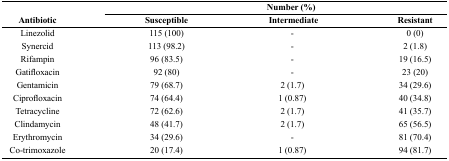
<table><thead><tr><td rowspan="3"><b>Antibiotic</b></td><td colspan="3"><b>Number (%)</b></td></tr><tr><td><b>Susceptible</b></td><td><b>Intermediate</b></td><td><b>Resistant</b></td></tr></thead><tbody><tr><td>Linezolid</td><td>115 (100)</td><td>-</td><td>0 (0)</td></tr><tr><td>Synercid</td><td>113 (98.2)</td><td>-</td><td>2 (1.8)</td></tr><tr><td>Rifampin</td><td>96 (83.5)</td><td>-</td><td>19 (16.5)</td></tr><tr><td>Gatifloxacin</td><td>92 (80)</td><td>-</td><td>23 (20)</td></tr><tr><td>Gentamicin</td><td>79 (68.7)</td><td>2 (1.7)</td><td>34 (29.6)</td></tr><tr><td>Ciprofloxacin</td><td>74 (64.4)</td><td>1 (0.87)</td><td>40 (34.8)</td></tr><tr><td>Tetracycline</td><td>72 (62.6)</td><td>2 (1.7)</td><td>41 (35.7)</td></tr><tr><td>Clindamycin</td><td>48 (41.7)</td><td>2 (1.7)</td><td>65 (56.5)</td></tr><tr><td>Erythromycin</td><td>34 (29.6)</td><td>-</td><td>81 (70.4)</td></tr><tr><td>Co-trimoxazole</td><td>20 (17.4)</td><td>1 (0.87)</td><td>94 (81.7)</td></tr></tbody></table>